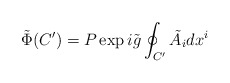
\begin{align*}\tilde{\Phi}(C') = P \exp i \tilde{g} \oint_{C'} \tilde{A}_i dx^i\end{align*}